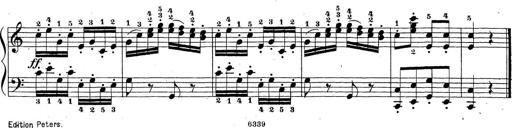
Title: Sonatina Album
Composer: Louis KÃ¶hler